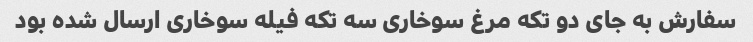
سفارش به جای دو تکه مرغ سوخاری سه تکه فیله سوخاری ارسال شده بود